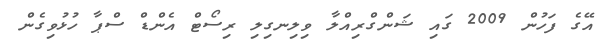
އޭގެ ފަހުން 2009 ގައި ޝަންގްރިއްލާ ވިލިނގިލި ރިސޯޓް އެންޑް ސްޕާ ހުޅުވިގެން